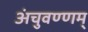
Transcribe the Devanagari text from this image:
अंचुवण्णम्